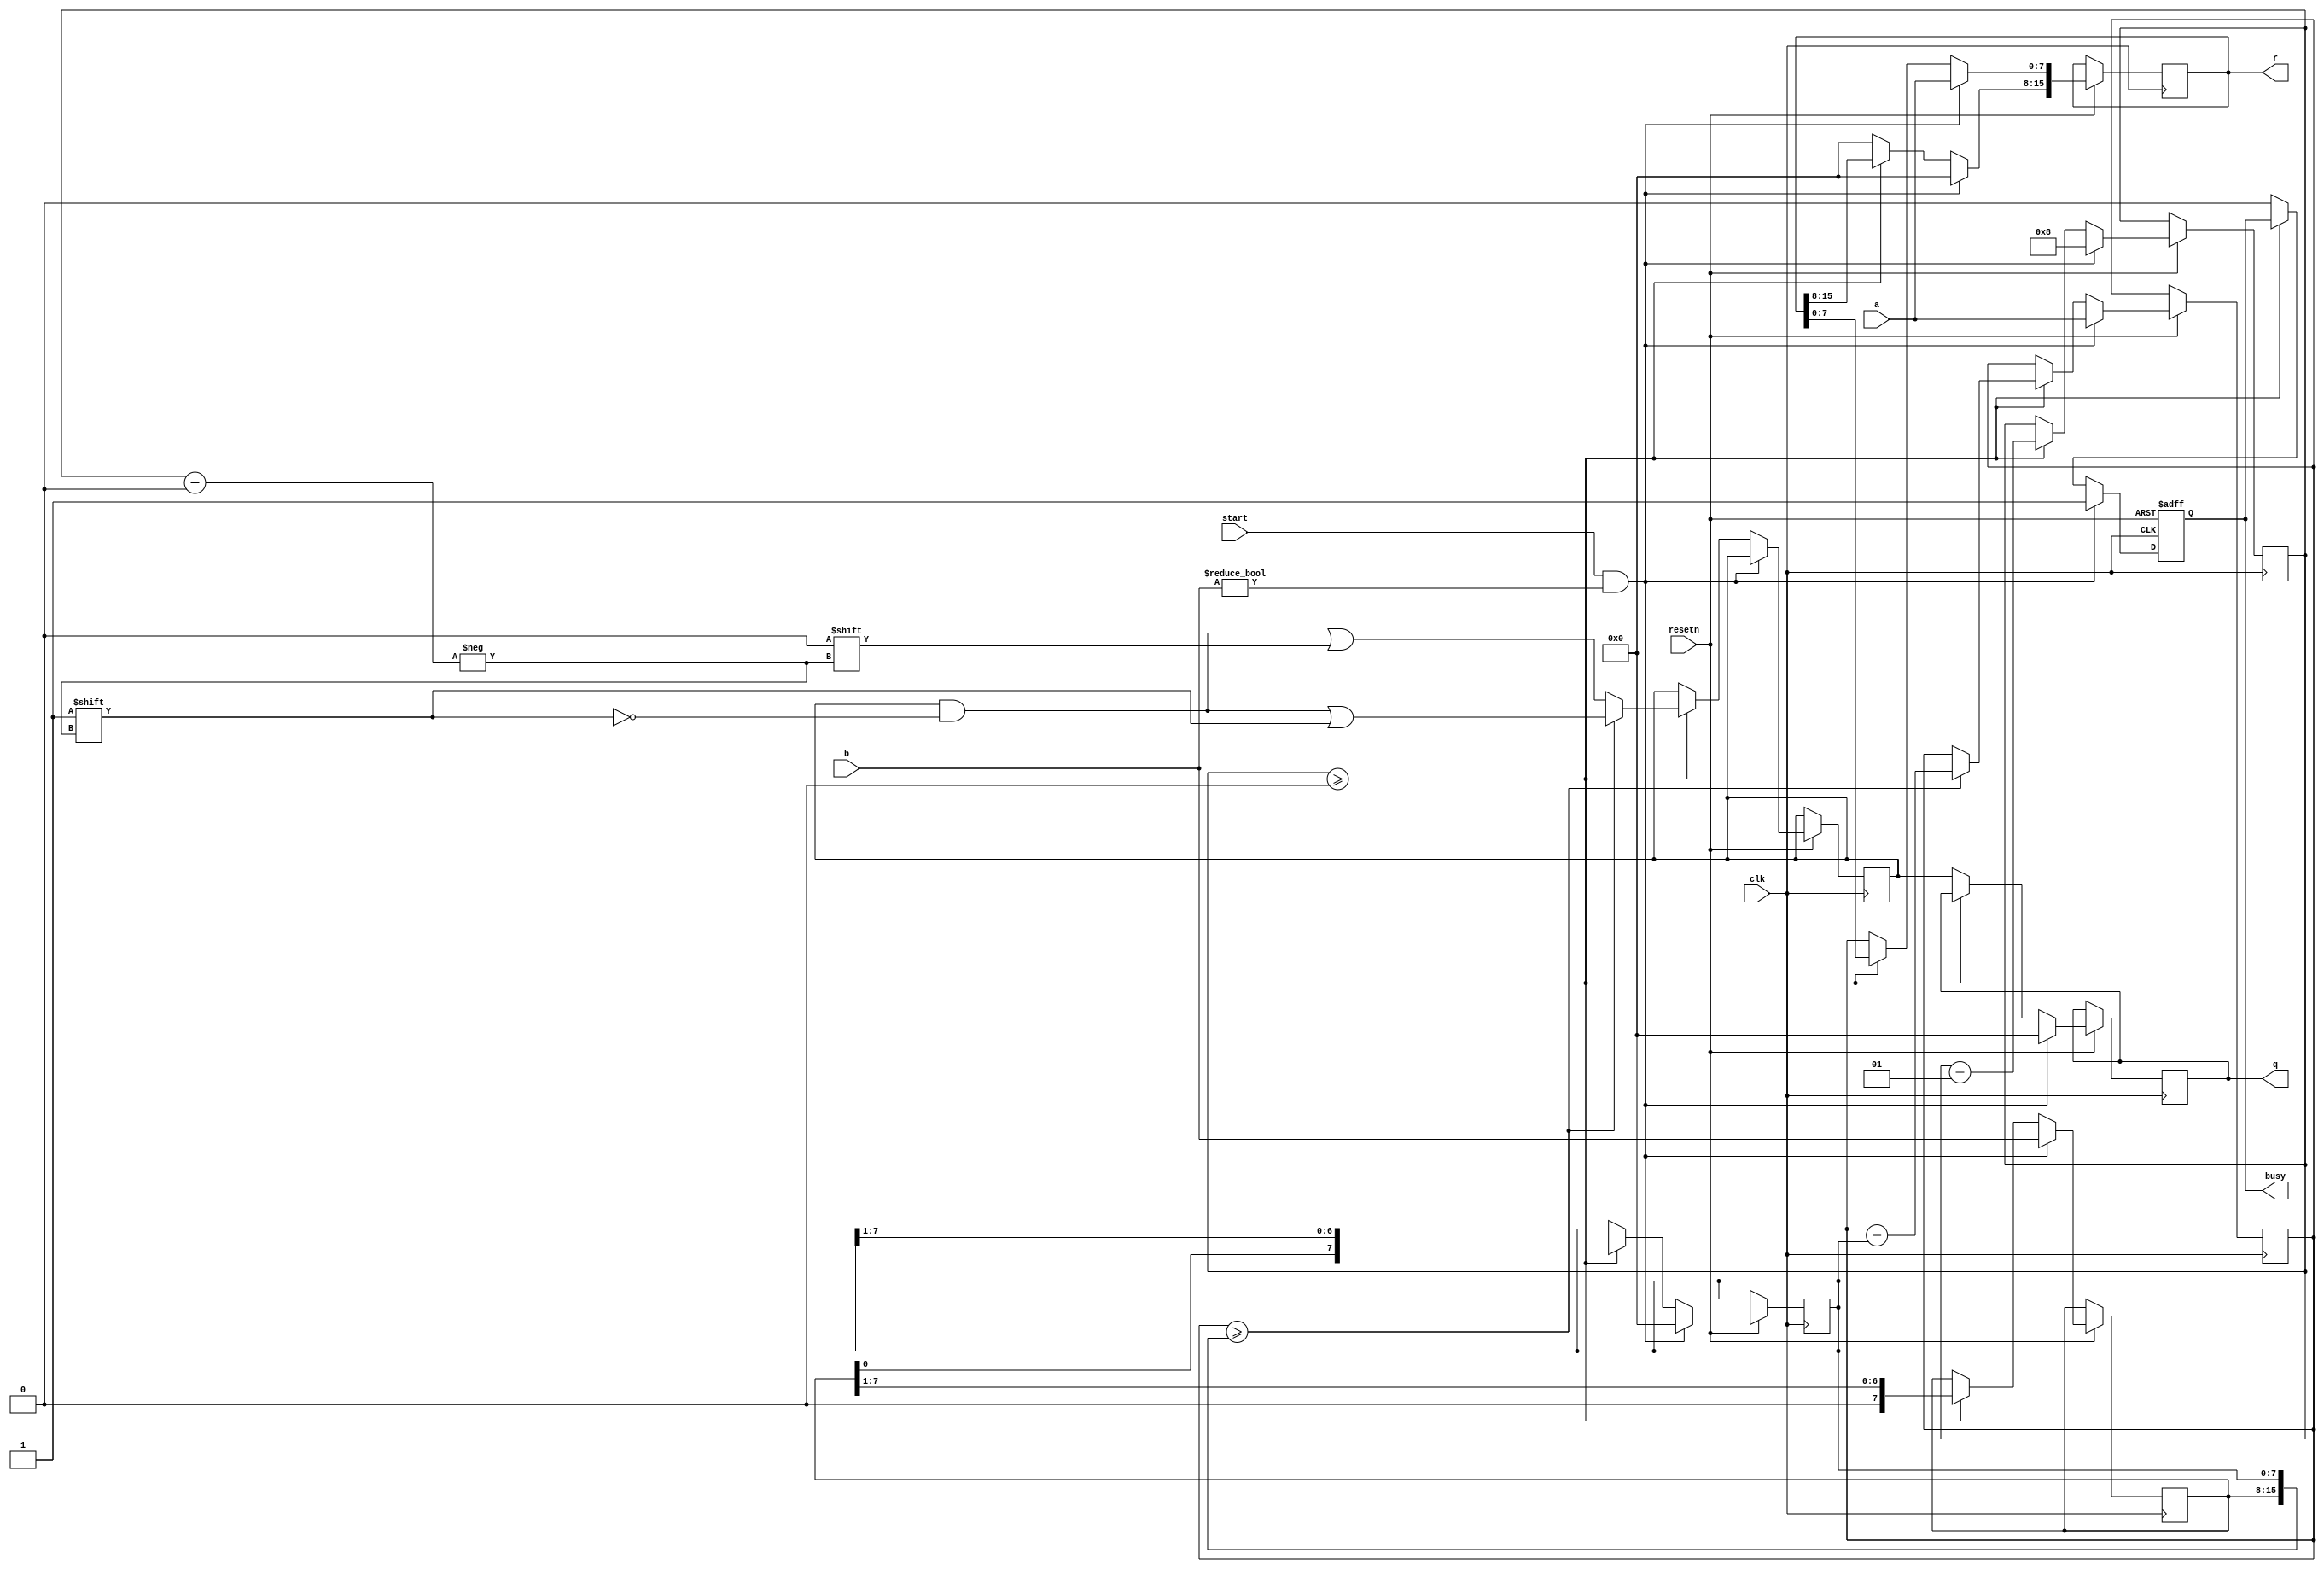
`timescale 1ns / 1ps
//////////////////////////////////////////////////////////////////////////////////
// Company: 
// Engineer: 
// 
// Design Name: 
// Module Name: divu
// Project Name: 
// Target Devices: 
// Tool Versions: 
// Description: 
// 
// Dependencies: 
// 
// Revision:
// Revision 0.01 - File Created
// Additional Comments:
// 
//////////////////////////////////////////////////////////////////////////////////


module divu
#(parameter WIDTH = 8 )(
input [WIDTH-1:0] a,
input [WIDTH-1:0] b,
input clk,
input start,
input resetn,
output reg[ WIDTH-1:0] q,
output reg[2* WIDTH-1:0] r,
output reg busy
    );
integer i;
reg [WIDTH-1:0] A;
reg [WIDTH-1:0] B1;
reg [WIDTH-1:0] B2;
reg [WIDTH-1:0] Q;
//reg [WIDTH/2:0] sub_A;

always @(posedge clk or negedge resetn)
begin
if(resetn==1'b0)//reset
    begin 
    busy <= 1'b0;
    end
else
    begin
    if (start==1'b1 && b!= 0)
        begin
        q <= 0;
        r <= a;
        busy <= 1'b1;  
        B1<= b;
        B2 <=0;
        A<= a;
        i <= WIDTH;
        end
     else if(i>=0)
        begin
        if(A>={B1,B2}) 
            begin  
            Q[i]<=1'b1; 
            A<= A-{B1,B2};
            {B1,B2}<= {B1,B2} >>1;
            i <= i-1;
            end
        else 
            begin 
            Q[i]<=1'b0;
            {B1,B2}<= {B1,B2} >>1;
            i <= i-1;
            end
        end
     else 
        begin
        r[WIDTH*2-1:WIDTH] <={WIDTH{1'b0}};
        r[WIDTH-1:0] <= A;
        q <= Q;
        busy <= 1'b0;
        end
    end
end

endmodule